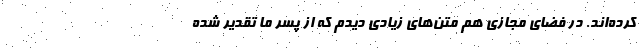
کرده‌اند. در فضای مجازی هم متن‌های زیادی دیدم که از پسر ما تقدیر شده